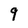
Character: 9